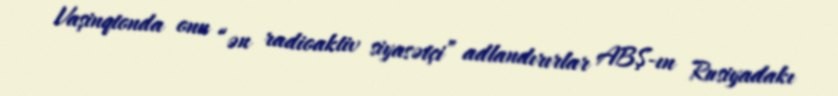
Vaşinqtonda onu “ən radioaktiv siyasətçi” adlandırırlar ABŞ-ın Rusiyadakı